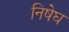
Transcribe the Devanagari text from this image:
निषेघ